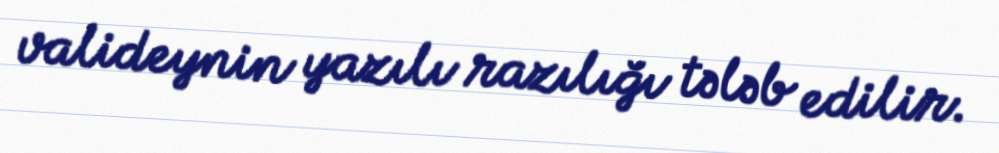
valideynin yazılı razılığı tələb edilir.